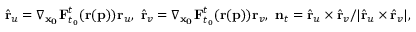
\hat { \mathbf { r } } _ { u } = \nabla _ { \mathbf { x _ { 0 } } } \mathbf { F } _ { t _ { 0 } } ^ { t } ( \mathbf { r } ( \mathbf { p } ) ) \mathbf { r } _ { u } , \ \hat { \mathbf { r } } _ { v } = \nabla _ { \mathbf { x _ { 0 } } } \mathbf { F } _ { t _ { 0 } } ^ { t } ( \mathbf { r } ( \mathbf { p } ) ) \mathbf { r } _ { v } , \ \mathbf { n } _ { t } = \hat { \mathbf { r } } _ { u } \times \hat { \mathbf { r } } _ { v } / \vert \hat { \mathbf { r } } _ { u } \times \hat { \mathbf { r } } _ { v } \vert ,